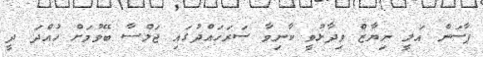
ޕާސަން އަލީ ނިޔާޒް ވިދާޅުވީ ކާނިވާ ސަރަހައްދުގައި ޖަލްސާ ބޭވުމަށް ހުއްދަ ދީ